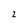
Character: 2